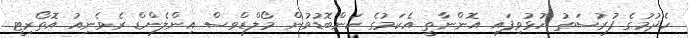
ހެދުމުގެ ފުރުސަތު ހުޅުވިފައި އޮންނާތީ އެކަމުގެ ކަންބޮޑުވުން މޯލްޑިވްސް އިންލެންޑް ރެވެނިއު އޮތޯރިޓީ